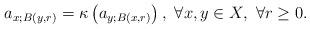
LaTeX: \begin{align*} a_{x;B(y,r)} = \kappa\left(a_{y;B(x,r)}\right),\ \forall x,y\in X,\ \forall r\ge 0.\end{align*}